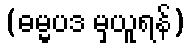
(ဓမ္မပဒ မှယူရန်)